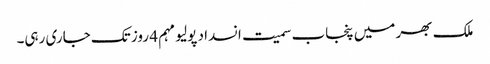
ملک بھر میں پنجاب سمیت انسداد پولیو مہم 4 روز تک جاری رہی۔